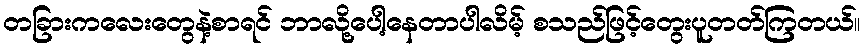
တခြားကလေးတွေနဲ့စာရင် ဘာလို့ပေါ့နေတာပါလိမ့် စသည်ဖြင့်တွေးပူတတ်ကြတယ်။